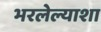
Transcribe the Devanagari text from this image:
भरलेल्याशा